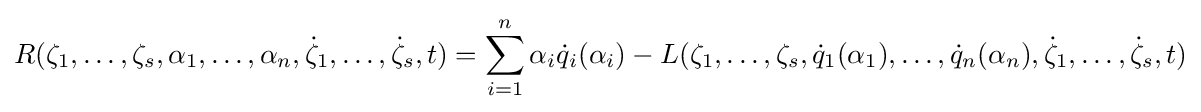
R(\zeta _{1},\ldots ,\zeta _{s},\alpha _{1},\ldots ,\alpha _{n},{\dot {\zeta }}_{1},\ldots ,{\dot {\zeta }}_{s},t)=\sum _{i=1}^{n}\alpha _{i}{\dot {q}}_{i}(\alpha _{i})-L(\zeta _{1},\ldots ,\zeta _{s},{\dot {q}}_{1}(\alpha _{1}),\ldots ,{\dot {q}}_{n}(\alpha _{n}),{\dot {\zeta }}_{1},\ldots ,{\dot {\zeta }}_{s},t)